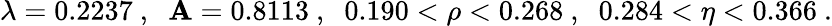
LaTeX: \lambda=0.2237\ ,\; \; \mathbf{A}=0.8113\ ,\; \; 0.190<\rho<0.268\ ,\; \; 0.284<\eta<0.366\ .